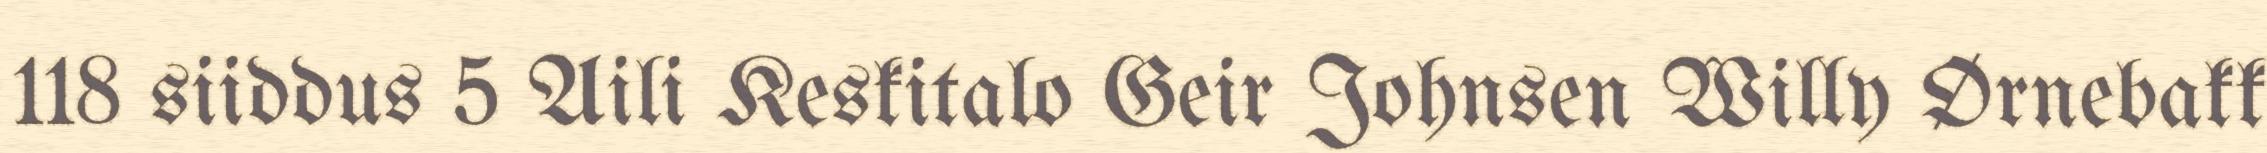
118 siiddus 5 Aili Keskitalo Geir Johnsen Willy Ørnebakk